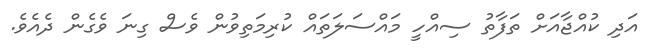
އަދި ކުއްޖާއަށް ތަފާތު ސިއްހީ މައްސަލަތައް ކުރިމަތިވުން ވެސް ގިނަ ވެގެން ދެއެވެ.